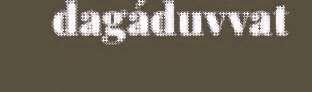
dagáduvvat